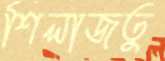
শিলাজতু